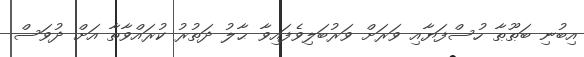
އިބުނި ބަޠޫޠާ ހުސްފަޔާއި ވަރަށް ވަރުބަލިވެފައިވާ ޙާލު ދަތުރު ކުރައްވާތާ އަށް ދުވަސް